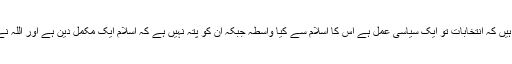
بہت سے لوگ یہ کہتے سنائی دیتے ہیں کہ انتخابات تو ایک سیاسی عمل ہے اس کا اسلام سے کیا واسطہ جبکہ ان کو پتہ نہیں ہے کہ اسلام ایک مکمل دین ہے اور اللہ نے شعبہ بغیر ہدایت کے نہیں چھوڑا ؟